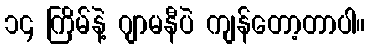
၁၄ ကြိမ်နဲ့ ဂျာမနီပဲ ကျန်တော့တာပါ။